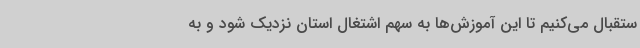
ستقبال می‌کنیم تا این آموزش‌ها به سهم اشتغال استان نزدیک شود و به